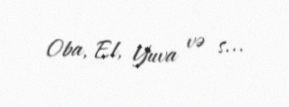
Oba, El, Yuva və s...